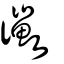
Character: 鰴